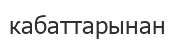
кабаттарынан